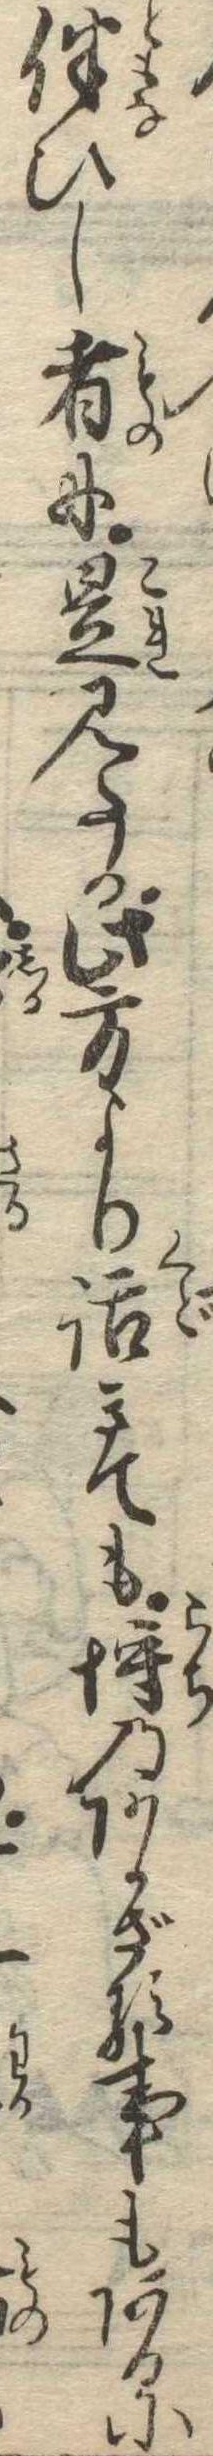
伴ひし者に是見たか此方より話きても埒のあかざる事もあるに